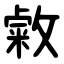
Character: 敹